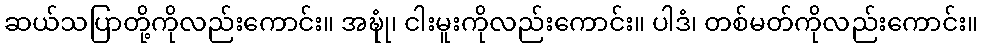
ဆယ်သပြာတို့ကိုလည်းကောင်း။ အဍ္ဎုံ၊ ငါးမူးကိုလည်းကောင်း။ ပါဒံ၊ တစ်မတ်ကိုလည်းကောင်း။